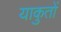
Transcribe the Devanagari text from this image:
याकुतों